Civil Veterinary Dept. Assam report 1911-1927 - 1911-1927
Year: 1911
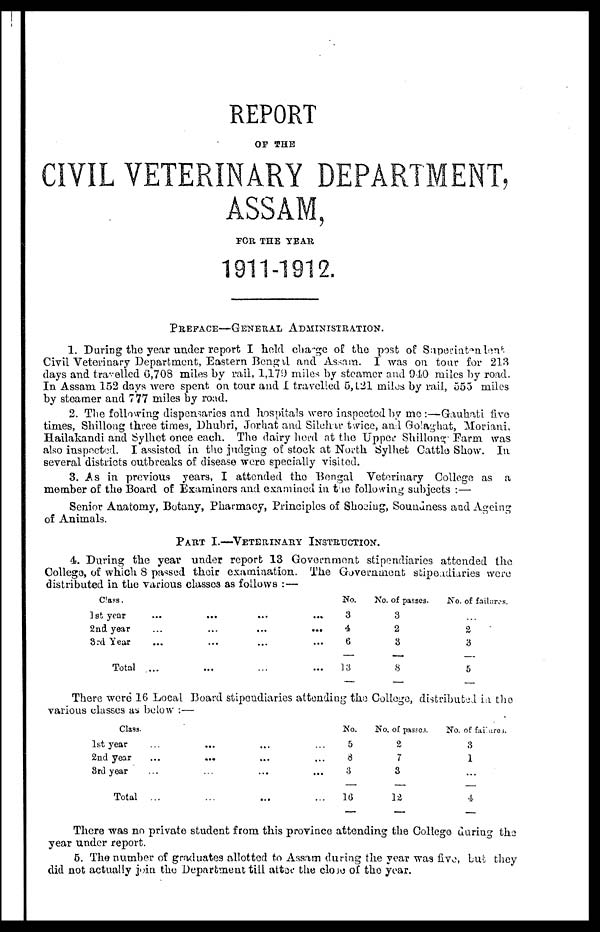
REPORT
OF THE
CIVIL VETERINARY DEPARTMENT,
ASSAM,
FOR THE YEAR
1911-1912.
PREFACE—GENERAL ADMINISTRATION.
1. During the year under report I held charge of the post of Superintendent
Civil Veterinary Department, Eastern Bengal and Assam. I was on tour for 218
days and travelled 6,708 miles by rail, 1,179 miles by steamer and 940 miles by road.
In Assam 152 days were spent on tour and I travelled 5, 121 miles by rail, 555 miles
by steamer and 777 miles by road.
2. The following dispensaries and hospitals were inspected by me:—Gauhati five
times, Shillong three times, Dhubri, Jorhat and Silehir twice, and Golaghat, Moriani,
Hailakandi and Sylhet once each. The dairy herd at the Upper Shillong Farm was
also inspected. I assisted in the judging of stock at North Sylhet Cattle Show. In
several districts outbreaks of disease were specially visited.
3. As in previous years, I attended the Bengal Veterinary College as a
member of the Board of Examiners and examined in the following subjects :—
Senior Anatomy, Botany, Pharmacy, Principles of Shoeing, Soundness and Ageing
of Animals.
PART I.—VETERINARY INSTRUCTION.
4. During the year under report 13 Government stipendiaries attended the
College, of which 8 passed their examination. The Government stipendiaries were
distributed in the various classes as follows :—
Class.
1st year
2nd year
3rd Year
Total
...
...
...
...
...
...
...
...
...
...
...
...
...
...
No.
3
4
6
13
No. of passes.
3
2
3
8
No. of failures.
...
a
3
5
There were 16 Local Board stipendiaries attending the College, distributed in the
various classes as below :—
Class.
1st year
2nd year
3rd year
Total ...
...
...
...
...
...
...
No.
5
a
3
...
16
No. of passes.
2
7
3
12
No. of failures.
3
1
...
4
There was no private student from this province attending the College during the
year under report.
5. The number of graduates allotted to Assam during the year was five, but they
did not actually join the Department till alter the CLOSE of the year.